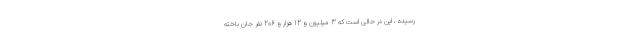
رسیده ، این در حالی است که 3 میلیون و 12 هزار و 206 نفر جان باخته